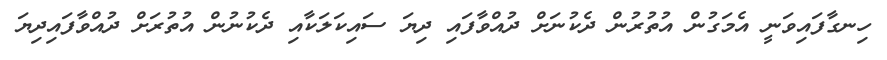
ހިނގާފައިވަނީ އެމަގުން އުތުރުން ދެކުނަށް ދުއްވާފައި ދިޔަ ސައިކަލަކާއި ދެކުނުން އުތުރަށް ދުއްވާފައިދިޔަ